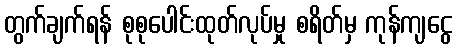
တွက်ချက်ရန် စုစုပေါင်းထုတ်လုပ်မှု စရိတ်မှ ကုန်ကျငွေ